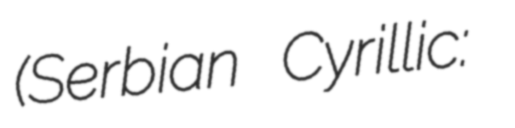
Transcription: (Serbian Cyrillic: Бачки